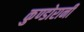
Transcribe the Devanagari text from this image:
कुण्‍डोरानी